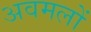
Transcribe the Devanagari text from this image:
अवमलों